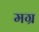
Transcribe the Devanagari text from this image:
मग्र